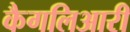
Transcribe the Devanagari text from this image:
कैगलिआरी